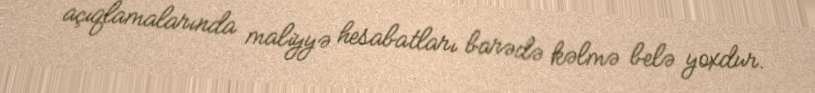
açıqlamalarında maliyyə hesabatları barədə kəlmə belə yoxdur.